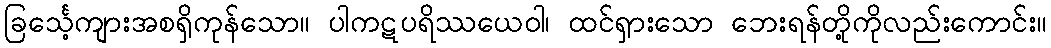
ခြင်္သေ့ကျားအစရှိကုန်သော။ ပါကဋပရိဿယေဝါ၊ ထင်ရှားသော ဘေးရန်တို့ကိုလည်းကောင်း။